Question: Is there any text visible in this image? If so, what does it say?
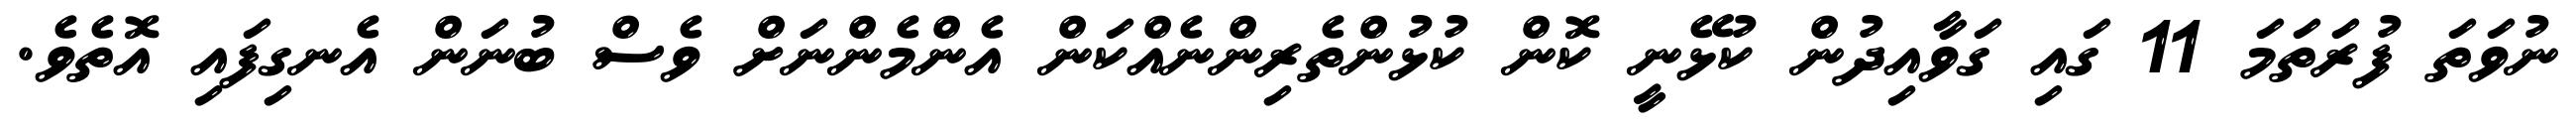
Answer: ނުވަތަ ފުރަތަމަ 11 ގައި ގަވާއިދުން ކުޅޭނީ ކޮން ކުޅުންތެރިންނެއްކަން އެންމެންނަށް ވެސް ބުނަން އެނގިފައި އޮތެވެ.